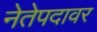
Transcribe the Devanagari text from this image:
नेतेपदावर